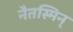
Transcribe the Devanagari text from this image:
नैतस्मिन्